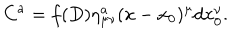
LaTeX: C ^ { a } = f ( D ) \eta _ { \mu \nu } ^ { a } ( x - x _ { 0 } ) ^ { \mu } d x _ { 0 } ^ { \nu } .